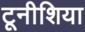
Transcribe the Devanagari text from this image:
टूनीशिया